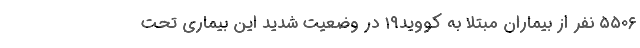
۵۵۰۶ نفر از بیماران مبتلا به کووید۱۹ در وضعیت شدید این بیماری تحت